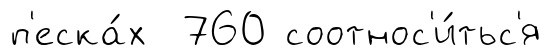
п'еска́х 760 соотнос'и́тьс'я